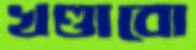
খণ্ডাবো